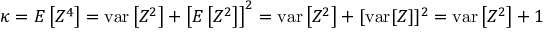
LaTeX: \kappa = E \left[ Z ^ { 4 } \right] = \operatorname { v a r } \left[ Z ^ { 2 } \right] + \left[ E \left[ Z ^ { 2 } \right] \right] ^ { 2 } = \operatorname { v a r } \left[ Z ^ { 2 } \right] + [ \operatorname { v a r } [ Z ] ] ^ { 2 } = \operatorname { v a r } \left[ Z ^ { 2 } \right] + 1